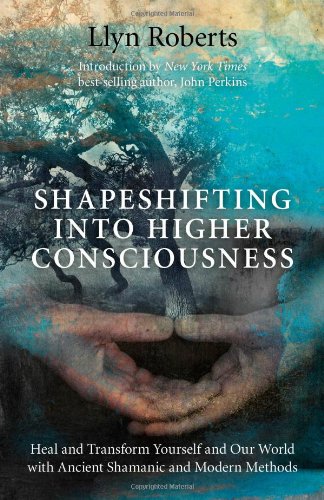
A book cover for Shapeshifting into Higher Consciousness: Heal and Transform Yourself and Our World with Ancient Shamanic and Modern Methods; Llyn Roberts; Religion & Spirituality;